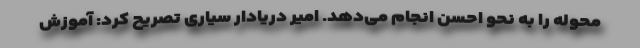
محوله را به نحو احسن انجام می‌دهد. امیر دریادار سیاری تصریح کرد: آموزش